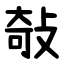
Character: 敧